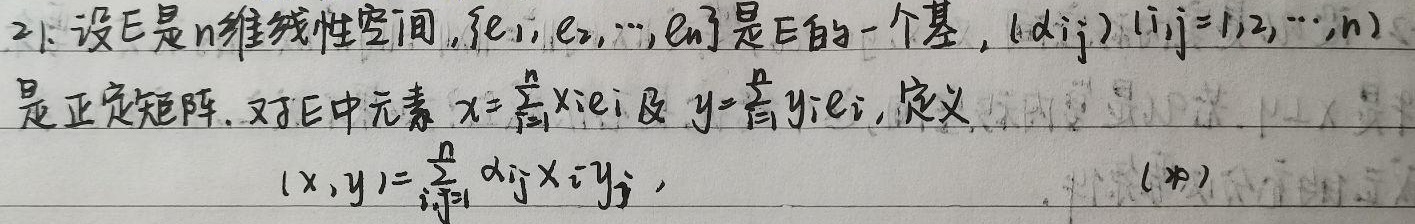
2. 设 $\mathbb{E}$ 是 $n$ 维线性空间，$\{e_1,e_2,\cdots,e_n\}$ 是 $\mathbb{E}$ 的一个基，$(\alpha_{ij})\ (i,j = 1,2,\cdots,n)$ 是正定矩阵。对于 $\mathbb{E}$ 中元素 $\mathbf{x}=\sum_{i = 1}^{n}x_ie_i$ 及 $\mathbf{y}=\sum_{i = 1}^{n}y_ie_i$，定义
\[(\mathbf{x},\mathbf{y})=\sum_{i,j = 1}^{n}\alpha_{ij}x_iy_j, \quad (*)\]